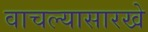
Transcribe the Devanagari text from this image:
वाचल्यासारखे